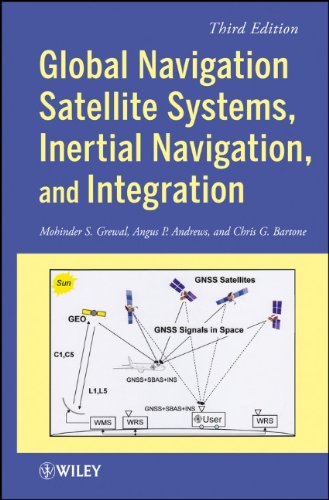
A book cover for Global Navigation Satellite Systems, Inertial Navigation, and Integration; Mohinder S. Grewal; Science & Math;